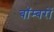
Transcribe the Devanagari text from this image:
बाॅम्बरों